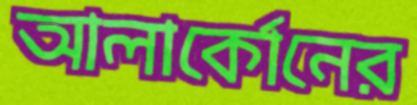
আলার্কোনের